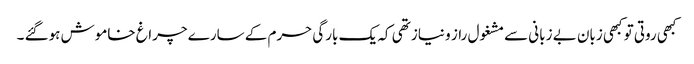
کبھی روتی تو کبھی زبان بے زبانی سے مشغول راز و نیاز تھی کہ یک بارگی حرم کے سارے چراغ خاموش ہوگئے ۔